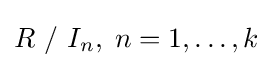
R\ /\ I_{n},\;n=1,\ldots ,k